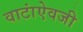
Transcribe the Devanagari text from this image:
वाटांऐवजी